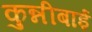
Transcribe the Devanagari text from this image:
कुन्नीबाई